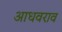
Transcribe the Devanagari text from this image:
आधवराव